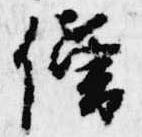
僧